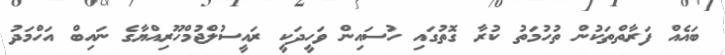
ބައެއް ފަރާތްތަކުން ތުހުމަތު ކުރާ ގޮތުގައި ހުސައިން ވަހީދަކީ ރައީސުލްޖުމްހޫރިއްޔާގެ ނައިބް އަހްމަދު